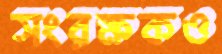
সংরক্ষকও